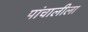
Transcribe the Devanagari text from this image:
पांचालीला